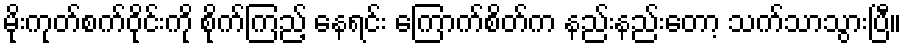
မိုးကုတ်စက်ဝိုင်းကို စိုက်ကြည့် နေရင်း ကြောက်စိတ်က နည်းနည်းတော့ သက်သာသွားပြီ။